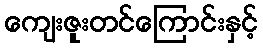
ကျေးဇူးတင်ကြောင်းနှင့်